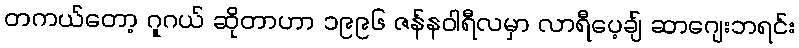
တကယ်တော့ ဂူဂယ် ဆိုတာဟာ ၁၉၉၆ ဇန်နဝါရီလမှာ လာရီပေ့ချ် ဆာဂျေးဘရင်း